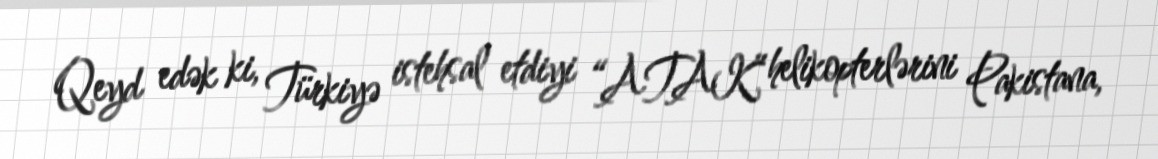
Qeyd edək ki, Türkiyə istehsal etdiyi “ATAK” helikopterlərini Pakistana,